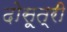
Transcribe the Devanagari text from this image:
दोसूत्री